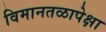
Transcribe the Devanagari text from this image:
विमानतळापेक्षा